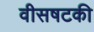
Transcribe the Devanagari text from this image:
वीसषटकी